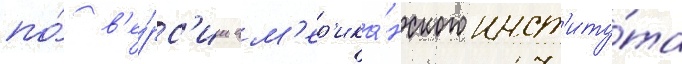
по́ в'е́рс'ии ам'ер'ика́нского инст'иту́та